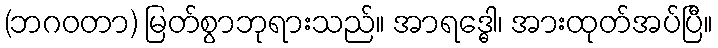
(ဘဂဝတာ) မြတ်စွာဘုရားသည်။ အာရဒ္ဓေါ၊ အားထုတ်အပ်ပြီ။